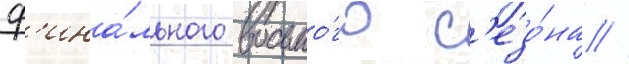
ф'ина́льного восьмо́го с'езо́на //